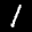
Label: 1